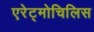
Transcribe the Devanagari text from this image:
एरेट्मोचिलिस